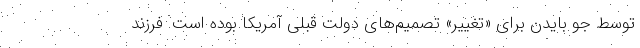
توسط جو بایدن برای «تغییر» تصمیم‌های دولت قبلی آمریکا بوده است. فرزند